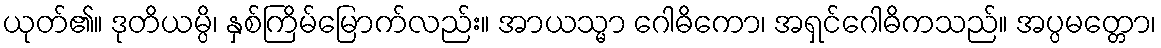
ယုတ်၏။ ဒုတိယမ္ပိ၊ နှစ်ကြိမ်မြောက်လည်း။ အာယသ္မာ ဂေါဓိကော၊ အရှင်ဂေါဓိကသည်။ အပ္ပမတ္တော၊